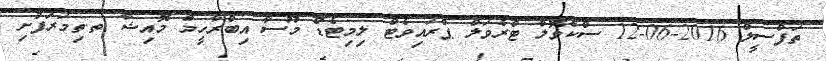
ތަފްސީލް 2016-06-12 ސްކެވޮލާ ޓްރެވަލް ޕްރައިވެޓް ލިމިޓެޑް މޫސާ އިބްރާހީމް މޮއިޝާ ތ.ތިމަރަފުށި